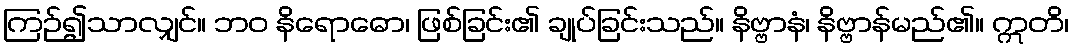
ကြဉ်၍သာလျှင်။ ဘဝ နိရောဓော၊ ဖြစ်ခြင်း၏ ချုပ်ခြင်းသည်။ နိဗ္ဗာနံ၊ နိဗ္ဗာန်မည်၏။ ဣတိ၊